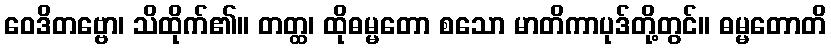
ဝေဒိတဗ္ဗော၊ သိထိုက်၏။ တတ္ထ၊ ထိုဓမ္မတော စသော မာတိကာပုဒ်တို့တွင်။ ဓမ္မတောတိ